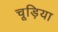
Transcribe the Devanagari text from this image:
चूड़िया